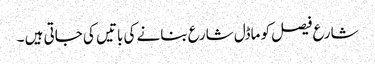
شارع فیصل کو ماڈل شارع بنانے کی باتیں کی جاتی ہیں ۔